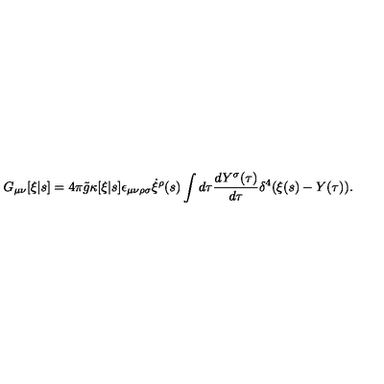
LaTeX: G _ { \mu \nu } [ \xi | s ] = 4 \pi { \tilde { g } } \kappa [ \xi | s ] \epsilon _ { \mu \nu \rho \sigma } \dot { \xi } ^ { \rho } ( s ) \int d \tau \frac { d Y ^ { \sigma } ( \tau ) } { d \tau } \delta ^ { 4 } ( \xi ( s ) - Y ( \tau ) ) .